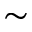
\sim